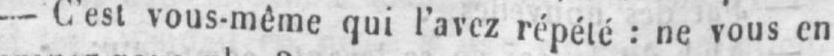
- C’est vous-même qui l’avez répété: ne vous en